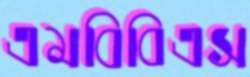
এমবিবিএস